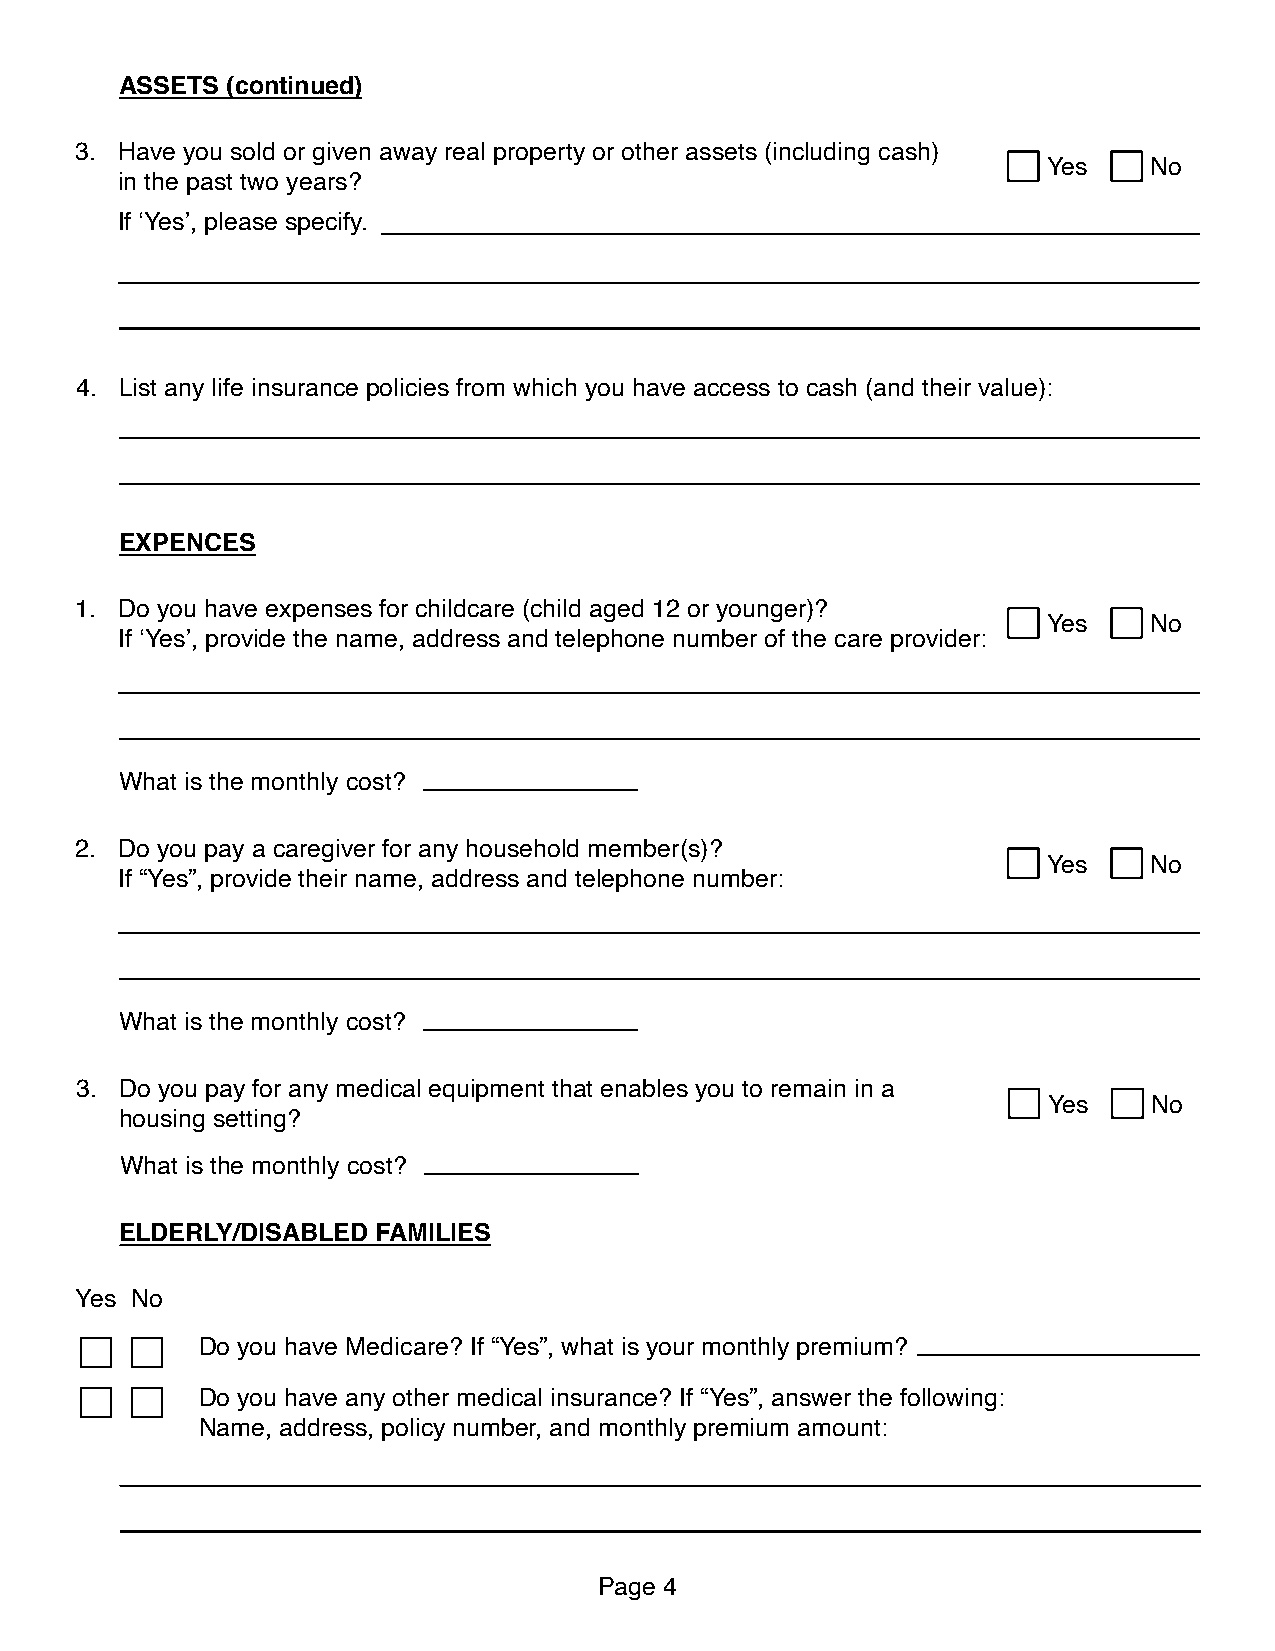
ASSETS (continued)
 3. Have you sold or given away real property or other assets (including cash)
 Yes    No
 in the past two years?
 If ‘Yes’, please specify.
 4. List any life insurance policies from which you have access to cash (and their value):
 EXPENCES
 1. Do you have expenses for childcare (child aged 12 or younger)?
 Yes    No
 If ‘Yes’, provide the name, address and telephone number of the care provider:
 What is the monthly cost?
 2. Do you pay a caregiver for any household member(s)?
 Yes    No
 If “Yes”, provide their name, address and telephone number:
 What is the monthly cost?
 3. Do you pay for any medical equipment that enables you to remain in a
 Yes    No
 housing setting?
 What is the monthly cost?
 ELDERLY/DISABLED FAMILIES
 Yes No
 Do you have Medicare? If “Yes”, what is your monthly premium?
 Do you have any other medical insurance? If “Yes”, answer the following:
 Name, address, policy number, and monthly premium amount:
 Page 4